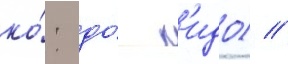
ко́: до́ к'идо) //